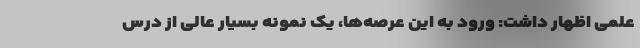
علمی اظهار داشت: ورود به این عرصه‌ها، یک نمونه بسیار عالی از درس